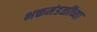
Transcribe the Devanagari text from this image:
भक्तमंडळींच्या